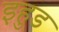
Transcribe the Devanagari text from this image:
इहुड